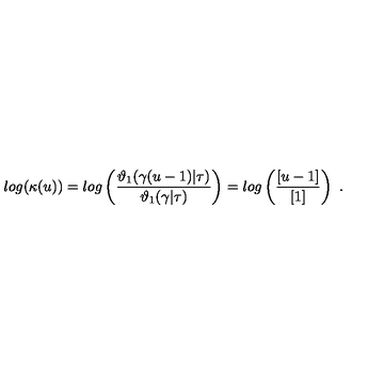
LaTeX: l o g ( \kappa ( u ) ) = l o g \left( { \frac { \vartheta _ { 1 } ( \gamma ( u - 1 ) | \tau ) } { \vartheta _ { 1 } ( \gamma | \tau ) } } \right) = l o g \left( { \frac { [ u - 1 ] } { [ 1 ] } } \right) \ .